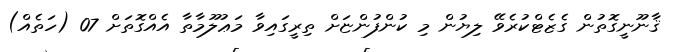
ޤާނޫނީގޮތުން ގެޒެޓްކުރެވޭ ލިޔުން މި ކުންފުންޏަށް ތިރީގައިވާ މަޢުލޫމާތާ އެއްގޮތަށް 07 (ހަތެއް)